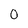
Character: 0